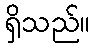
ရှိသည်။